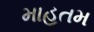
માહતમ